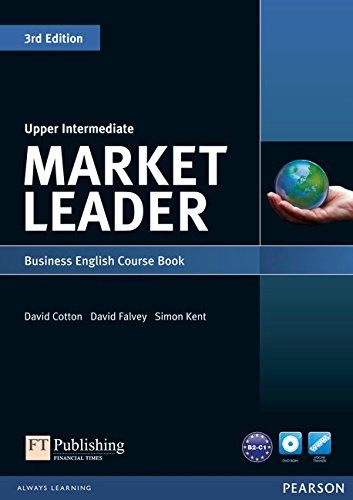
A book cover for Market Leader Upper Intermediate Course Book with DVD-ROM; David Cotton; Reference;